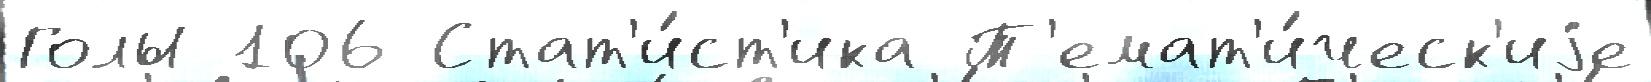
Голы 106 Стат'и́ст'ика Т'емат'и́ческ'иjе